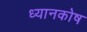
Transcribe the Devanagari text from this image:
ध्यानकोष